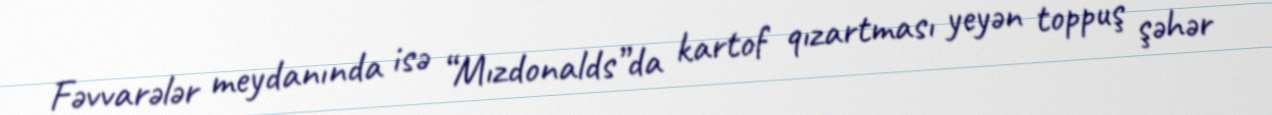
Fəvvarələr meydanında isə “Mızdonalds”da kartof qızartması yeyən toppuş şəhər